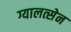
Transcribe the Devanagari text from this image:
ग्यालत्सेन